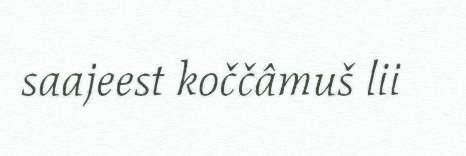
saajeest koččâmuš lii